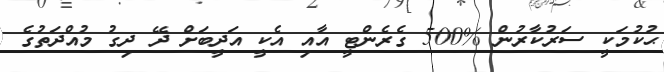
ޙުކުމަކީ ސަރުކާރުން %500 ގެރެންޓީ އާއި އެކީ އަދީބަށް ދޭ ދިގު މުއްދަތުގެ